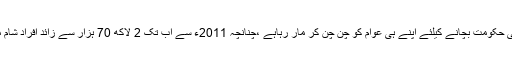
اسد رجیم بھی اپنی حکومت بچانے کیلئے اپنے ہی عوام کو چن چن کر مار رہاہے ،چنانچہ 2011ء سے اب تک 2 لاکھ 70 ہزار سے زائد افراد شام میں ہلاک ہوئے ۔